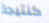
كنتيجة